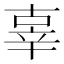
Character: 辜